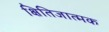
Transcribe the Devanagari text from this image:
क्षितिजात्मक